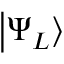
\left| \Psi _ { L } \right\rangle